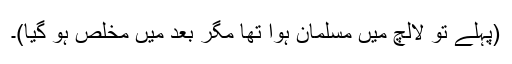
(پہلے تو لالچ میں مسلمان ہوا تھا مگر بعد میں مخلص ہو گیا)۔